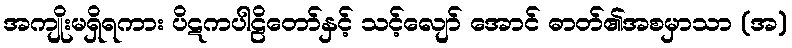
အကျိုးမရှိရကား ပိဋကပါဠိတော်နှင့် သင့်လျော် အောင် ဓာတ်၏အစမှာသာ (အ)